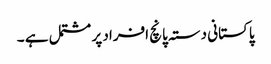
پاکستانی دستہ پانچ افراد پر مشتمل ہے ۔